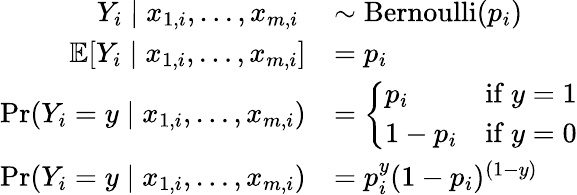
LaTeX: {\begin{array}{rl}{Y_{i}\mid x_{1,i},\ldots,x_{m,i}\ }&{\sim\operatorname{Bernoulli}(p_{i})}\\ {\operatorname{\mathbb{E}}[Y_{i}\mid x_{1,i},\ldots,x_{m,i}]}&{=p_{i}}\\ {\operatorname*{Pr}(Y_{i}=y\mid x_{1,i},\ldots,x_{m,i})}&{={\left\{ \begin{array}{ll}{p_{i}}&{{\mathrm{if~}}y=1}\\ {1-p_{i}}&{{\mathrm{if~}}y=0}\end{array}\right.}}\\ {\operatorname*{Pr}(Y_{i}=y\mid x_{1,i},\ldots,x_{m,i})}&{=p_{i}^{y}(1-p_{i})^{(1-y)}}\end{array}}